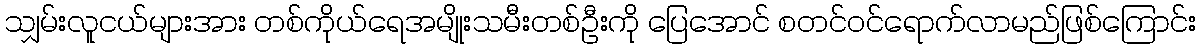
သျှမ်းလူငယ်များအား တစ်ကိုယ်ရေအမျိုးသမီးတစ်ဦးကို ပြေအောင် စတင်ဝင်ရောက်လာမည်ဖြစ်ကြောင်း